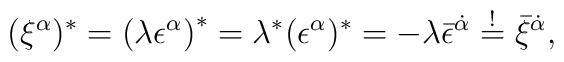
(\xi^\alpha)^* = \left( \lambda \epsilon^\alpha \right)^* = \lambda^*(\epsilon^\alpha)^* = - \lambda \bar{\epsilon}^{\dot{\alpha}}\stackrel{!}{=} \bar{\xi}^{\dot{\alpha}},